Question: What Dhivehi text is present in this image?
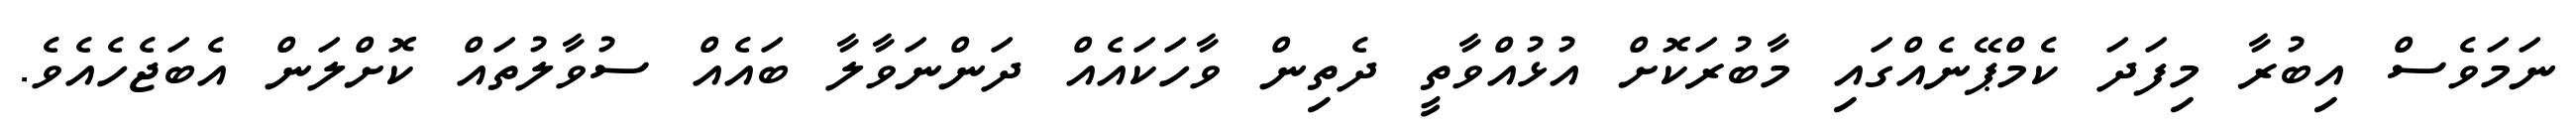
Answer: ނަމަވެސް އިބުރާ މިފަދަ ކެމްޕޭނެއްގައި މާބުރަކޮށް އުޅުއްވާތީ ދެތިން ވާހަކައެއް ދަންނަވާލާ ބައެއް ސުވާލުތައް ކޮށްލަން އެބަޖެހެއެވެ.